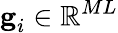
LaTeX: \textbf{g}_{i}\in\mathbb{R}^{ML}